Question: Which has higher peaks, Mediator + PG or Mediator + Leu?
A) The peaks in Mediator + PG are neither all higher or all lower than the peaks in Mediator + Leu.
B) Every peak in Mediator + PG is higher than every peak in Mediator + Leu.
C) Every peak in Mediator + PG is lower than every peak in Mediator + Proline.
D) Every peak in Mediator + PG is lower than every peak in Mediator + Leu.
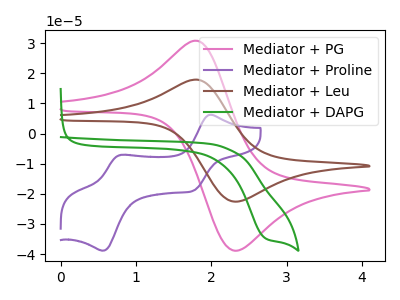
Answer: <think>The pink curve "Mediator + PG" has an anodic peak at (1.80V, 30.75uA) and a cathodic peak at (2.30V, -38.90uA). The purple curve "Mediator + Proline" has anodic peaks at (2.00V, 6.25uA) (0.80V, -7.05uA) and cathodic peaks at (1.75V, -18.95uA) (0.55V, -38.90uA). The brown curve "Mediator + Leu" has an anodic peak at (1.80V, 17.90uA) and a cathodic peak at (2.30V, -22.60uA). The green curve "Mediator + DAPG" has a cathodic peak at: (2.70V, -34.70uA).</think>
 <answer>B) Every peak in "Mediator + PG" is higher than every peak in "Mediator + Leu".</answer>
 <eval>B</eval>